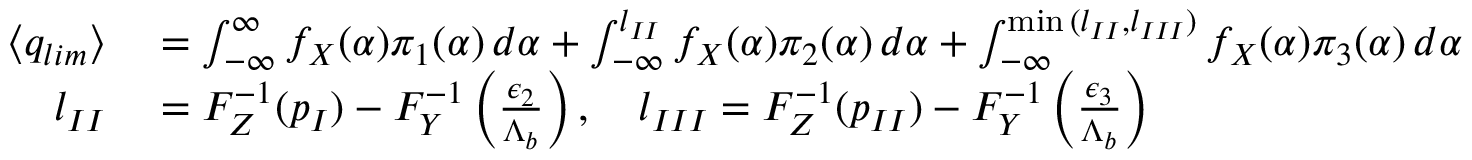
\begin{array} { r l } { \langle q _ { l i m } \rangle } & { { } = \int _ { - \infty } ^ { \infty } f _ { X } ( \alpha ) { \pi } _ { 1 } ( \alpha ) \, d \alpha + \int _ { - \infty } ^ { l _ { I I } } f _ { X } ( \alpha ) { \pi } _ { 2 } ( \alpha ) \, d \alpha + \int _ { - \infty } ^ { \operatorname* { m i n } { ( l _ { I I } , l _ { I I I } ) } } f _ { X } ( \alpha ) { \pi } _ { 3 } ( \alpha ) \, d \alpha , } \\ { \quad l _ { I I } } & { { } = F _ { Z } ^ { - 1 } ( p _ { I } ) - F _ { Y } ^ { - 1 } \left( \frac { { \epsilon } _ { 2 } } { { \Lambda } _ { b } } \right) , \quad l _ { I I I } = F _ { Z } ^ { - 1 } ( p _ { I I } ) - F _ { Y } ^ { - 1 } \left( \frac { { \epsilon } _ { 3 } } { { \Lambda } _ { b } } \right) } \end{array}